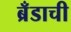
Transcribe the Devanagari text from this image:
ब्रँडाची